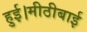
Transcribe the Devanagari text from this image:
हुई।मीठीबाई